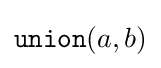
{\mathtt {union}}(a,b)